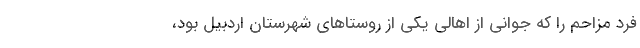
فرد مزاحم را که جوانی از اهالی یکی از روستاهای شهرستان اردبیل بود،